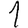
Digit: 1